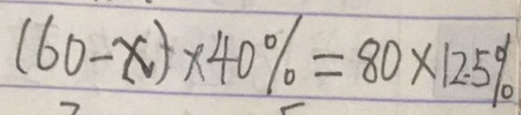
( 6 0 - x ) \times 4 0 \% = 8 0 \times 1 2 . 5 \%